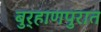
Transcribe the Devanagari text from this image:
बुर्‍हाणपुरात